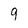
Character: 9